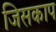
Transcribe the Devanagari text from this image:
जिसकाप